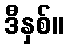
ဒီနှစ်။